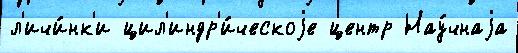
л'ичи́нк'и цил'индр'и́ческоjе центр Нау́чнаjа